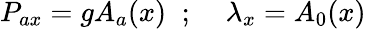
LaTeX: P_{ax}=gA_{a}(x)\; \; ;\; \; \; \; \lambda_{x}=A_{0}(x)